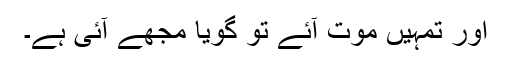
اور تمہیں موت آئے تو گویا مجھے آئی ہے۔